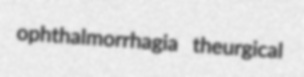
ophthalmorrhagia theurgical